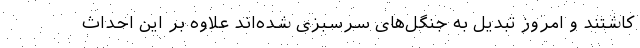
کاشتند و امروز تبدیل به جنگل‌های سرسبزی شده‌اند علاوه بر این احداث